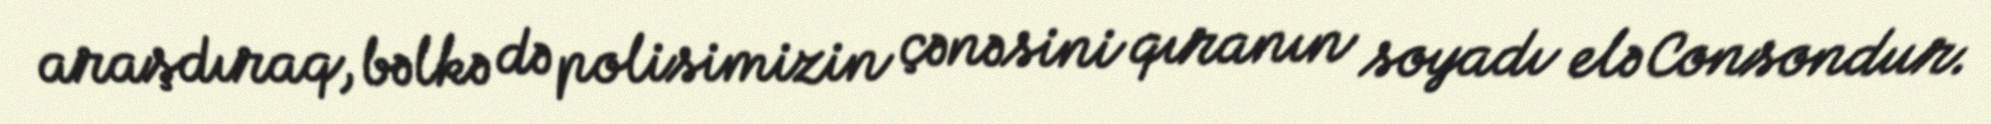
araşdıraq, bəlkə də polisimizin çənəsini qıranın soyadı elə Consondur.